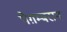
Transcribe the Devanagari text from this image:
पैग़म्बरान